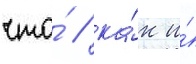
что́ / ка́к и́